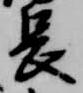
長